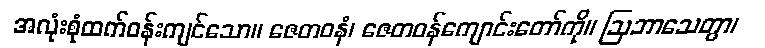
အလုံးစုံထက်ဝန်းကျင်သော။ ဇေတဝနံ၊ ဇေတဝန်ကျောင်းတော်ကို။ ဩဘာသေတွာ၊